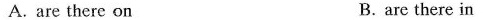
A. are there on B.are there in